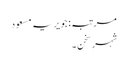
مرتبہ: جویریہ مسعود
شہرِ سخن ۔